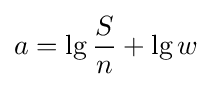
a=\lg {\frac {S}{n}}+\lg w